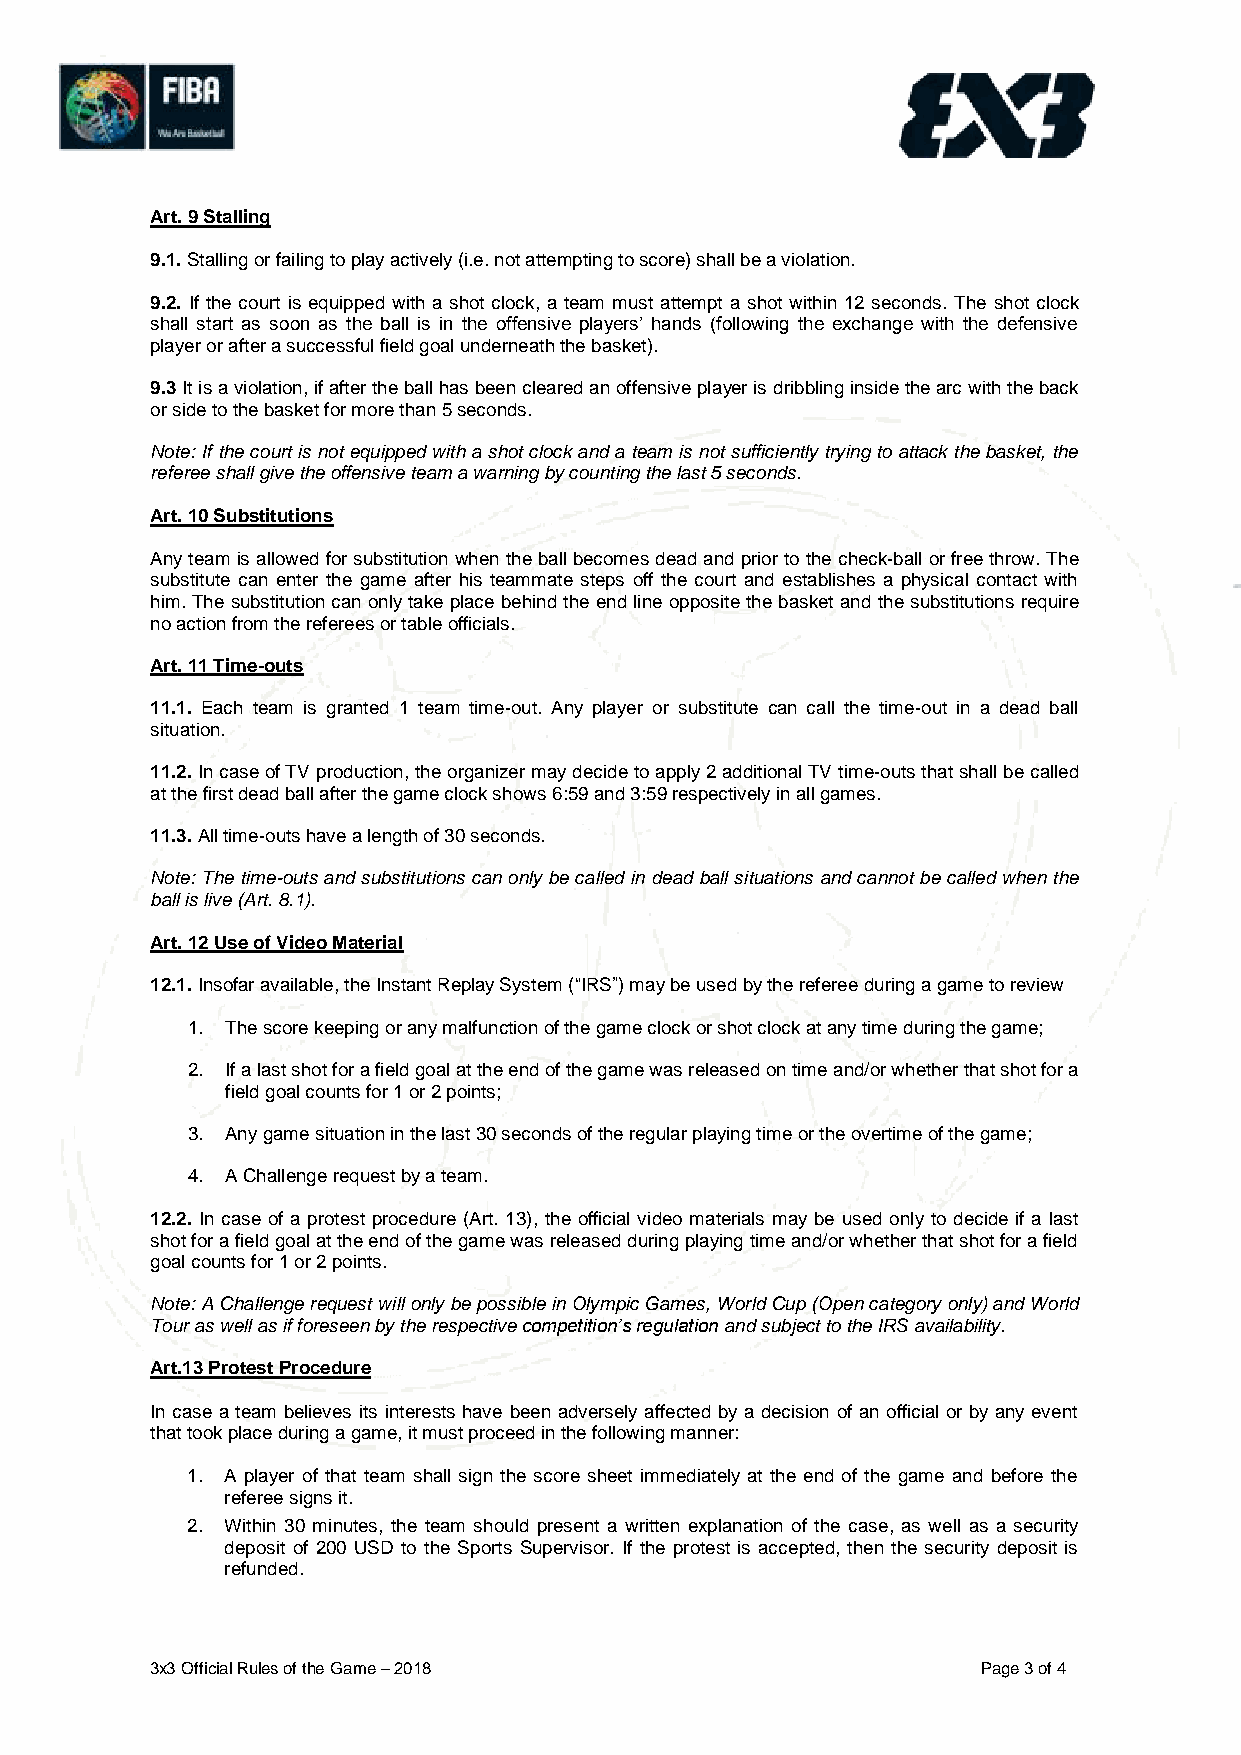
Art. 9 Stalling
 9.1. Stalling or failing to play actively (i.e. not attempting to score) shall be a violation.
 9.2. If the court is equipped with a shot clock, a team must attempt a shot within 12 seconds. The shot clock
 shall start as soon as the ball is in the offensive players’ hands (following the exchange with the defensive
 player or after a successful field goal underneath the basket).
 9.3 It is a violation, if after the ball has been cleared an offensive player is dribbling inside the arc with the back
 or side to the basket for more than 5 seconds.
 Note: If the court is not equipped with a shot clock and a team is not sufficiently trying to attack the basket, the
 referee shall give the offensive team a warning by counting the last 5 seconds.
 Art. 10 Substitutions
 Any team is allowed for substitution when the ball becomes dead and prior to the check-ball or free throw. The
 substitute can enter the game after his teammate steps off the court and establishes a physical contact with
 him. The substitution can only take place behind the end line opposite the basket and the substitutions require
 no action from the referees or table officials.
 Art. 11 Time-outs
 11.1. Each team is granted 1 team time-out. Any player or substitute can call the time-out in a dead ball
 situation.
 11.2. In case of TV production, the organizer may decide to apply 2 additional TV time-outs that shall be called
 at the first dead ball after the game clock shows 6:59 and 3:59 respectively in all games.
 11.3. All time-outs have a length of 30 seconds.
 Note: The time-outs and substitutions can only be called in dead ball situations and cannot be called when the
 ball is live (Art. 8.1).
 Art. 12 Use of Video Material
 12.1. Insofar available, the Instant Replay System (“IRS”) may be used by the referee during a game to review
 1. The score keeping or any malfunction of the game clock or shot clock at any time during the game;
 2. If a last shot for a field goal at the end of the game was released on time and/or whether that shot for a
 field goal counts for 1 or 2 points;
 3. Any game situation in the last 30 seconds of the regular playing time or the overtime of the game;
 4. A Challenge request by a team.
 12.2. In case of a protest procedure (Art. 13), the official video materials may be used only to decide if a last
 shot for a field goal at the end of the game was released during playing time and/or whether that shot for a field
 goal counts for 1 or 2 points.
 Note: A Challenge request will only be possible in Olympic Games, World Cup (Open category only) and World
 Tour as well as if foreseen by the respective competition’s regulation and subject to the IRS availability.
 Art.13 Protest Procedure
 In case a team believes its interests have been adversely affected by a decision of an official or by any event
 that took place during a game, it must proceed in the following manner:
 1. A player of that team shall sign the score sheet immediately at the end of the game and before the
 referee signs it.
 2. Within 30 minutes, the team should present a written explanation of the case, as well as a security
 deposit of 200 USD to the Sports Supervisor. If the protest is accepted, then the security deposit is
 refunded.
 3x3 Official Rules of the Game – 2018                  Page 3 of 4